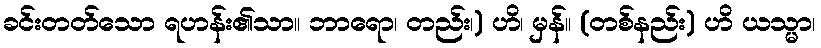
ခင်းတတ်သော ရဟန်း၏သာ။ ဘာရော၊ တည်း၊) ဟိ၊ မှန်။ (တစ်နည်း) ဟိ ယသ္မာ၊